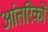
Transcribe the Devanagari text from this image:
आंतरिकों